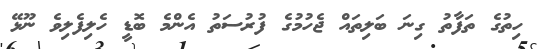
ހިތުގެ ތަފާތު ގިނަ ބަލިތައް ޖެހުމުގެ ފުރުސަތު އެންމެ ބޮޑީ ހެލިފެލިވެ ނޫޅޭ